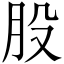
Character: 股